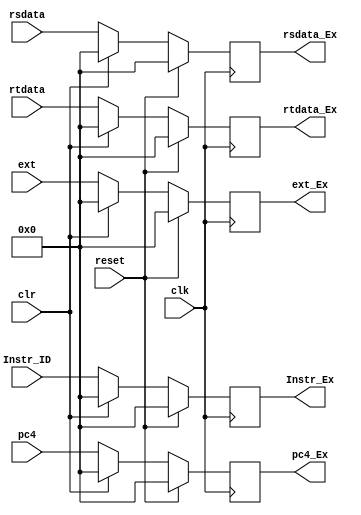
`timescale 1ns / 1ps
//////////////////////////////////////////////////////////////////////////////////
// Company: 
// Engineer: 
// 
// Design Name: 
// Module Name:    register_ID_EX 
// Project Name: 
// Target Devices: 
// Tool versions: 
// Description: 
//
// Dependencies: 
//
// Revision: 
// Revision 0.01 - File Created
// Additional Comments: 
//
//////////////////////////////////////////////////////////////////////////////////
module register_ID_EX(
    input clk,
    input clr,
	 input reset,
    input [31:0] Instr_ID,
    input [31:0] pc4,
    input [31:0] rsdata,
    input [31:0] rtdata,
    input [31:0] ext,
    output [31:0] Instr_Ex,
    output [31:0] pc4_Ex,
    output [31:0] rsdata_Ex,
    output [31:0] rtdata_Ex,
    output [31:0] ext_Ex
    );
reg [31:0]_Instr_ex;
reg [31:0]_pc4;
reg [31:0]_rsdata;
reg [31:0]_rtdata;
reg [31:0]_ext;
initial begin
_Instr_ex <= 0;
    _pc4 <= 0;
    _rsdata <= 0;
    _rtdata <= 0;
    _ext <= 0;
end
always @(posedge clk)begin
if (reset)begin
	 _Instr_ex <= 0;
    _pc4 <= 0;
    _rsdata <= 0;
    _rtdata <= 0;
    _ext <= 0;
end
else if(clr)begin
    _Instr_ex <= 0;
    _pc4 <= 0;
    _rsdata <= 0;
    _rtdata <= 0;
    _ext <= 0;
end

else begin  
    _Instr_ex <= Instr_ID;
    _pc4 <= pc4;
    _rsdata <= rsdata;
    _rtdata <= rtdata;
    _ext <= ext;
end
end
assign Instr_Ex = _Instr_ex;
assign pc4_Ex = _pc4;
assign rsdata_Ex = _rsdata;
assign rtdata_Ex = _rtdata;
assign ext_Ex = _ext;

endmodule